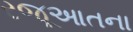
રજૂઆતના